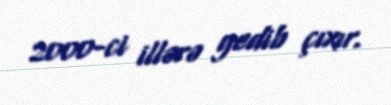
2000-ci illərə gedib çıxır.